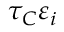
\tau _ { C } \varepsilon _ { i }